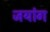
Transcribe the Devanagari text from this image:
जयांग